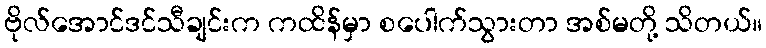
ဗိုလ်အောင်ဒင်သီချင်းက ကထိန်မှာ စပေါက်သွားတာ အစ်မတို့ သိတယ်။